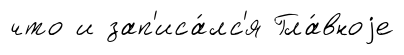
что и зап'иса́лс'я Гла́вноjе